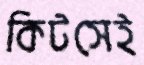
কিটসেই